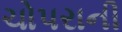
ચોપરાની